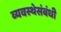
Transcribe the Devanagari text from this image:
व्यवस्थेसंबंधी